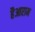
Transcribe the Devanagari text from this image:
हैआराम